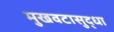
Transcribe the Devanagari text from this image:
मुखवटासुद्धा